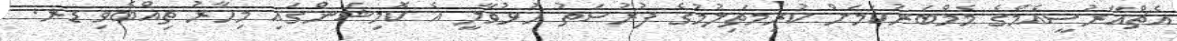
އެޗްއާރުސީއެމްގެ މެމްބަރުކަމަށް ކުރިމަތިލުމުގެ ފުރުސަތު ހުޅުވާލީ އެ ކޮމިޝަންގައި މިހާރު ތިއްބެވި ޑރ.